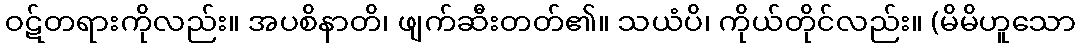
ဝဋ်တရားကိုလည်း။ အပစိနာတိ၊ ဖျက်ဆီးတတ်၏။ သယံပိ၊ ကိုယ်တိုင်လည်း။ (မိမိဟူသော